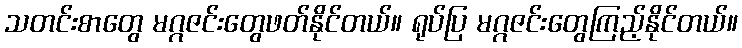
သတင်းစာတွေ မဂ္ဂဇင်းတွေဖတ်နိုင်တယ်။ ရုပ်ပြ မဂ္ဂဇင်းတွေကြည့်နိုင်တယ်။